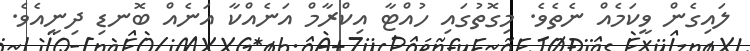
ލައިގެން ވީކަމެއް ނެތެވެ. މިގޮތުގައި ހުއްޓާ އިކްރާމް އަނެއްކާ އަނެއް ބޮނޑި ދިނީއެވެ.